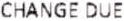
CHANGE DUE